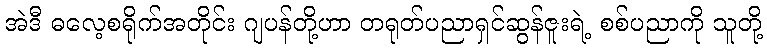
အဲဒီ ဓလေ့စရိုက်အတိုင်း ဂျပန်တို့ဟာ တရုတ်ပညာရှင်ဆွန်ဇူးရဲ့ စစ်ပညာကို သူတို့